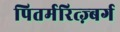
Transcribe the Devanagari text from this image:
पितर्मरित्ज़्बर्ग